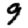
Digit: 9